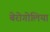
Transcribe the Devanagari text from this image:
बेरोगोलिया